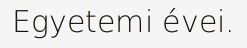
Egyetemi évei.